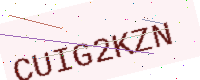
Text: CUIG2KZN